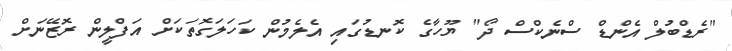
"ރެޑްބުލް އެންޑް ސްނެކްސް ދޯ" ޔޫހާގެ ކޮނޑުގައި އެލެމުން ކަހަލަގޮތަކަށް އަފްލީން ރޮޒޭނަށް